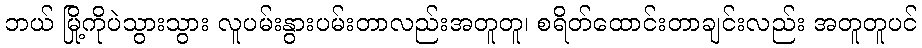
ဘယ် မြို့ကိုပဲသွားသွား လူပမ်းနွားပမ်းတာလည်းအတူတူ၊ စရိတ်ထောင်းတာချင်းလည်း အတူတူပင်